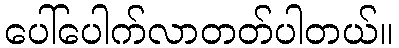
ပေါ်ပေါက်လာတတ်ပါတယ်။